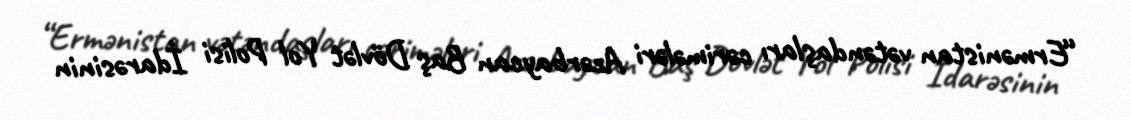
“Ermənistan vətəndaşları cərimələri Azərbaycan Baş Dövlət Yol Polisi İdarəsinin